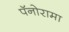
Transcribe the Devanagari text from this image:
पॅनोरामा